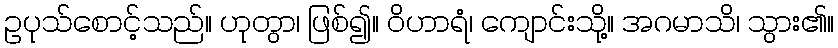
ဥပုသ်စောင့်သည်။ ဟုတွာ၊ ဖြစ်၍။ ဝိဟာရံ၊ ကျောင်းသို့။ အဂမာသိ၊ သွား၏။